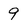
Character: 9